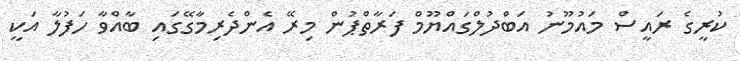
ކުރީގެ ރައީސް މައުމޫނު އަބްދުލްގައްޔޫމް ފަރާތްޕުން މިރޭ އެންދެރިމާގޭގައި ބާއްވާ ހަފުލާ އަކީ